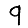
Digit: 9